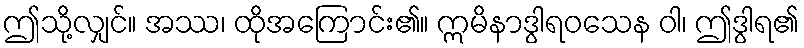
ဤသို့လျှင်။ အဿ၊ ထိုအကြောင်း၏။ ဣမိနာဒွါရဝသေန ဝါ၊ ဤဒွါရ၏